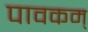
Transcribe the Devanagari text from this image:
पावकम्